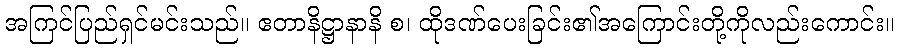
အကြင်ပြည်ရှင်မင်းသည်။ ဧတာနိဋ္ဌာနာနိ စ၊ ထိုဒဏ်ပေးခြင်း၏အကြောင်းတို့ကိုလည်းကောင်း။